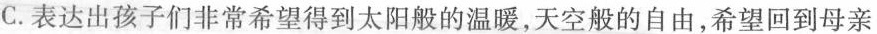
C.表达出孩子们非常希望得到太阳般的温暖，天空般的自由，希望回到母亲